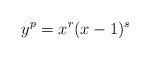
LaTeX: \begin{align*} y^p=x^r(x-1)^s\end{align*}